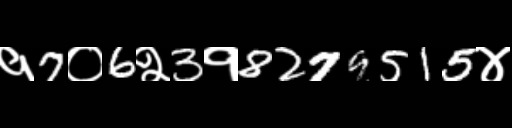
Text: १7०6२3१8279515४